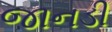
જાનડી